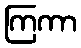
ကြကာ